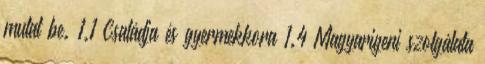
mutat be. 1.1 Családja és gyermekkora 1.4 Magyarigeni szolgálata